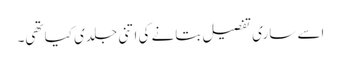
اسے ساری تفصیل بتانے کی اتنی جلدی کیا تھی۔